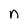
Character: n